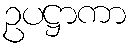
ဥပဋ္ဌာကာ